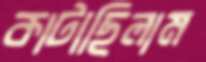
কাটাছিলাম